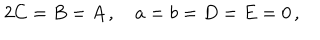
LaTeX: 2 C = B = A \, , \quad a = b = D = E = 0 \, ,